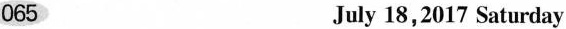
065 July 18,2017 Saturday